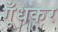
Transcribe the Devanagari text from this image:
गूँधकर